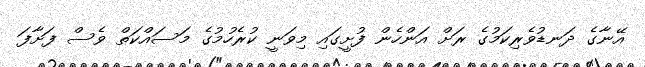
އޭނާގެ ދަނޑުވެރިކަމުގެ ރަށް އަންހެން ފުށީގައި މިވަނީ ކުރެހުމުގެ މަސައްކަތް ވެސް ފަށާފަ